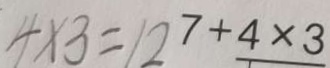
4 \times 3 = 1 2 7 + 4 \times 3